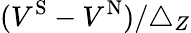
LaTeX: (V^{\mathrm{S}}-V^{\mathrm{N}})/{\triangle_{Z}}